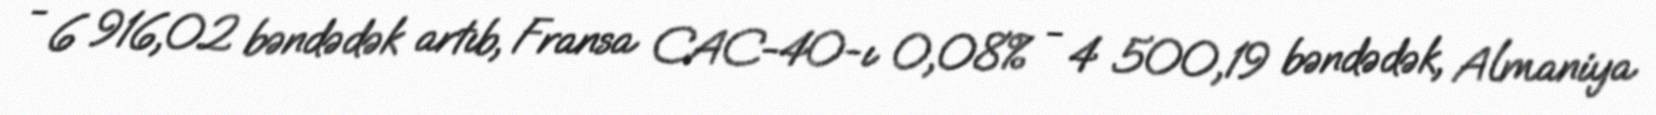
- 6 916,02 bəndədək artıb, Fransa CAC-40-ı 0,08% - 4 500,19 bəndədək, Almaniya